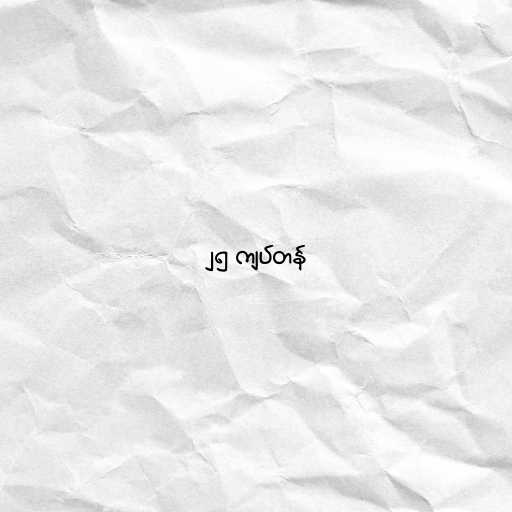
၂၅ ကျပ်တန်